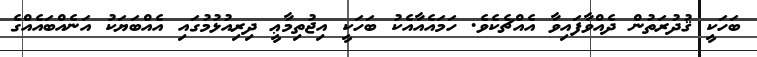
ބަހަކީ ޤުދުރަތުން ދެއްވާފައިވާ އެއްޗެކެވެ. ހަމައެއާއެކު ބަހަކީ އިޖުތިމާޢީ ދިރިއުޅުމުގައި އެއްބަޔަކު އަނެއްބައެއްގެ